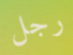
رجل